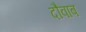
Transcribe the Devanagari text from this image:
दौवाब